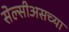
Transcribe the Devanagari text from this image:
सेल्सीअसच्या